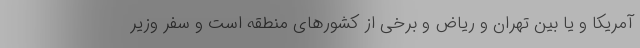
آمریکا و یا بین تهران و ریاض و برخی از کشور‌های منطقه است و سفر وزیر